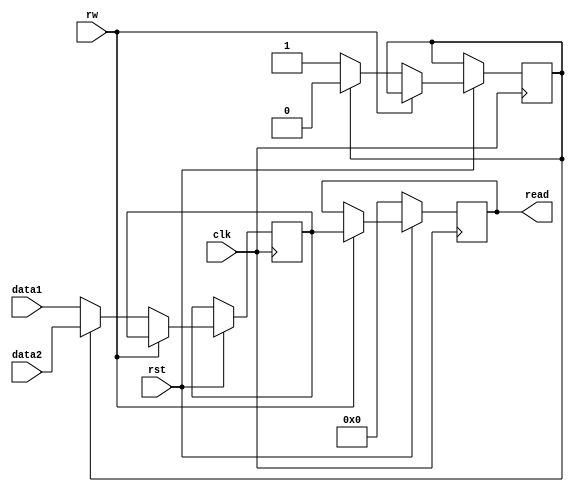
module reg_wr(input clk, input rst, input rw, input [15:0] data1, data2, output reg [15:0]
read);
// perform writ1 & writ2 alternatively
 reg [15:0] block;
 reg track=0;
 always@(posedge clk) begin
 if(rst==0) begin // reset is active low
 read <= 0;
 end
 else if(rw==0) begin // write
 if(track==0) begin
 block <= data1;
 track <= 1;
 end
 else begin
 block <= data2;
 track <= 0;
 end
 end

 else begin // read
 read <= block;
 end
 end

 endmodule